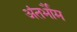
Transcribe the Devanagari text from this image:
अंतर्भौम